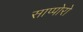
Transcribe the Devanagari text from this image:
साप्पोरो